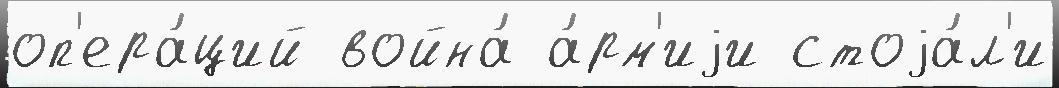
оп'ера́ций война́ а́рм'иjи стоjа́л'и